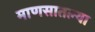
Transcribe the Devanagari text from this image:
माणसातल्या